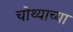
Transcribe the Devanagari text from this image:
चोथ्याच्या